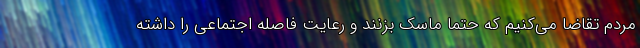
مردم تقاضا می‌کنیم که حتماً ماسک بزنند و رعایت فاصله اجتماعی را داشته